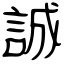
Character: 誠